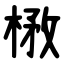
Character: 㮘